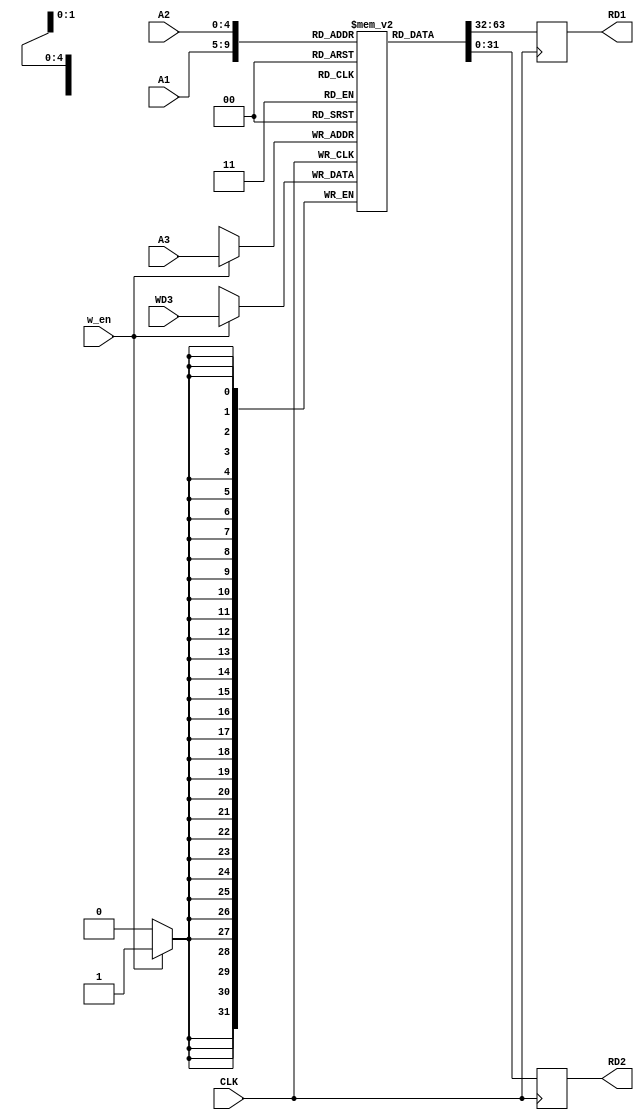
module reg_file (
    // 32 registers available on register file
    // A1 read port -> RD1 read output
    // A2 read port -> RD2 read output
    // A3 write port (WD3 -> A3) if WE3
    input              CLK, w_en,
    input          [4:0]  A1, A2, A3,
    input          [31:0] WD3,
    output     reg [31:0] RD1, RD2
); 

reg     [31:0] mem [0:31];
// integer i;

// initial begin 
//     for (i = 0; i < 32; i = i + 1)
//         mem[i] = 32'd0;
//     mem[3] = 32'd43223;
//     mem[4] = 32'd31415;
//     mem[25] = 32'd4324;
// end

always @(posedge CLK) begin
    RD1 <= mem[A1];
    RD2 <= mem[A2];
    if (w_en)
        mem[A3] <= WD3;
end

endmodule